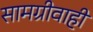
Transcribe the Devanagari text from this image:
सामग्रीवाही